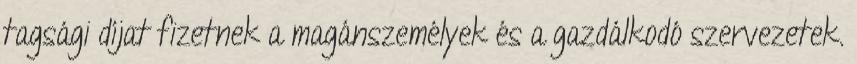
tagsági díjat fizetnek a ma­­­gán­személyek és a gazdálkodó szer­vezetek.